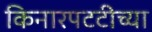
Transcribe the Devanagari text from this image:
किनारपटटीच्या